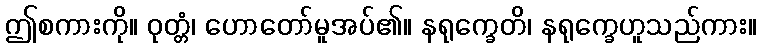
ဤစကားကို။ ဝုတ္တံ၊ ဟောတော်မူအပ်၏။ နရုက္ခေတိ၊ နရုက္ခေဟူသည်ကား။